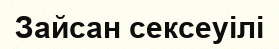
Зайсан сексеуілі